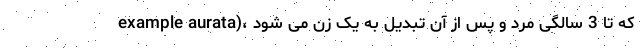
example aurata)، که تا 3 سالگی مرد و پس از آن تبدیل به یک زن می شود